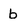
Character: b